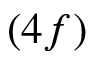
( 4 f )